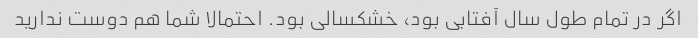
اگر در تمام طول سال آفتابی بود، خشکسالی بود. احتمالا شما هم دوست ندارید